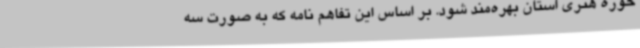
حوزه هنری استان بهره‌مند شود. بر اساس این تفاهم نامه که به صورت سه